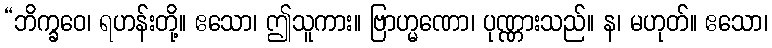
“ဘိက္ခဝေ၊ ရဟန်းတို့။ ဧသော၊ ဤသူကား။ ဗြာဟ္မဏော၊ ပုဏ္ဏားသည်။ န၊ မဟုတ်။ ဧသော၊